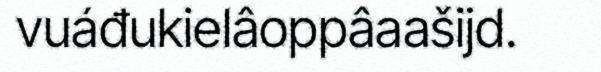
vuáđukielâoppâaašijd.